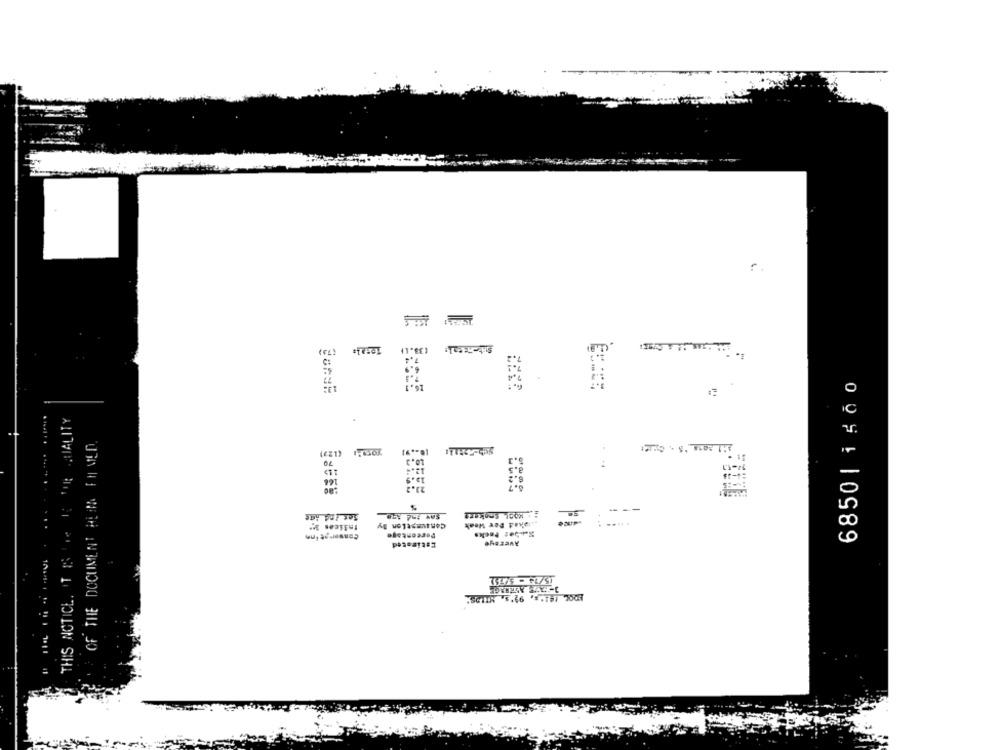
7.4
C:
6850 | 1 5 0 0
THIS NOTICE. IT IS The IS THE QUALITY
OF THE DOCUMENT HERR FH MED
5.3
(CZ1) FOIOK
3.5
19.9
6.2
91
Set ind Age
Indicas 3 ;*
Conseratinn